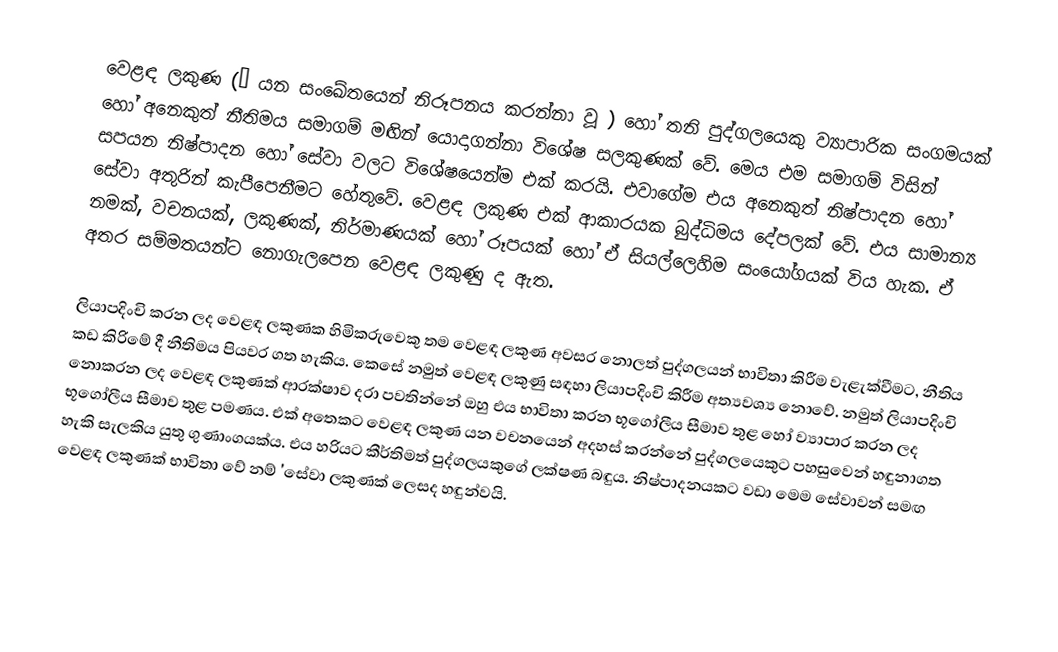
වෙළඳ ලකුණ (™  යන සංඛේතයෙන් නිරූපනය කරන්නා වූ ) හෝ තනි පුද්ගලයෙකු ව්‍යාපාරික සංගමයක් හෝ අනෙකුත් නීතිමය සමාගම් මඟින් යොදාගන්නා විශේෂ සලකුණක් වේ. මෙය එම සමාගම් විසින් සපයන නිෂ්පාදන හෝ සේවා වලට විශේෂයෙන්ම එක් කරයි.  එවාගේම එය අනෙකුත්  නිෂ්පාදන හෝ සේවා අතුරින් කැපීපෙනීමට හේතුවේ. වෙළඳ ලකුණ එක් ආකාරයක බුද්ධිමය දේපලක් වේ. එය සාමාන්‍ය නමක්, වචනයක්, ලකුණක්, නිර්මාණයක් හෝ රූපයක් හෝ ඒ සියල්ලෙහිම සංයෝගයක් විය හැක. ඒ අතර සම්මතයන්ට නොගැලපෙන වෙළඳ ලකුණු ද ඇත.

ලියාපදිංචි කරන ලද වෙළඳ ලකුණක හිමිකරුවෙකු තම වෙළඳ ලකුණ අවසර නොලත් පුද්ගලයන් භාවිතා කිරීම වැළැක්වීමට, නීතිය කඩ කිරිමේ දී නීතිමය පියවර ගත හැකිය. කෙසේ නමුත් වෙළඳ ලකුණු සඳහා ලියාපදිංචි කිරීම අත්‍යවශ්‍ය නොවේ. නමුත් ලියාපදිංචි  නොකරන ලද වෙළඳ ලකුණක් ආරක්ෂාව දරා පවතින්නේ ඔහු එය භාවිතා කරන භූගෝලීය සීමාව තුළ හෝ ව්‍යාපාර කරන ලද භූගෝලීය සීමාව තුළ පමණය. එක් අතෙකට වෙළඳ ලකුණ යන වචනයෙන් අදහස් කරන්නේ පුද්ගලයෙකුට පහසුවෙන් හඳුනාගත හැකි සැලකිය යුතු ගුණාංගයක්ය. එය හරියට කීර්තිමත් පුද්ගලයකුගේ ලක්ෂණ බඳුය. නිෂ්පාදනයකට වඩා මෙම සේවාවන් සමඟ වෙළඳ ලකුණක් භාවිතා වේ නම් 'සේවා ලකුණක් ලෙසද හඳුන්වයි.